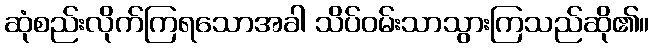
ဆုံစည်းလိုက်ကြရသောအခါ သိပ်ဝမ်းသာသွားကြသည်ဆို၏။